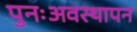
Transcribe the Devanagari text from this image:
पुनःअवस्थापन